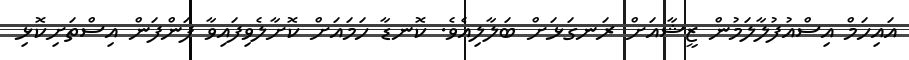
އައިހަމް އިސްއުފުލާލަމުން ޒީޝާއަށް ރަނގަޅަށް ބަލާލިއެވެ. ކޮނޑާ ހަމައަށް ކޮށާލެވިފައިވާ ފަންފަން އިސްތަށިކޮޅި